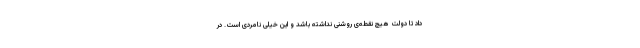
داد تا دولت هیچ نقطه‌ی روشنی نداشته باشد و این خیلی نامردی است. در